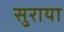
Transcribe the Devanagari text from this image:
सुराया